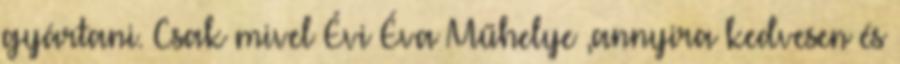
gyártani. Csak mivel Évi Éva Műhelye ,annyira kedvesen és